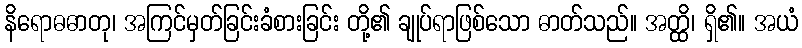
နိရောဓဓာတု၊ အကြင်မှတ်ခြင်းခံစားခြင်း တို့၏ ချုပ်ရာဖြစ်သော ဓာတ်သည်။ အတ္ထိ၊ ရှိ၏။ အယံ